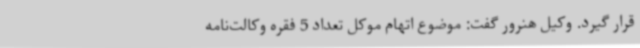
قرار گیرد. وکیل هنرور گفت: موضوع اتهام موکل تعداد 5 فقره وکالت‌نامه